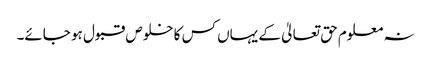
نہ معلوم حق تعالیٰ کے یہاں کس کا خلوص قبول ہو جائے۔